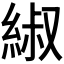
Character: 𫃬